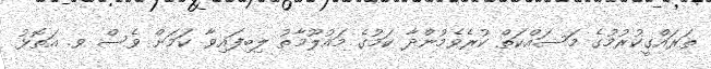
ތަރައްގީކުރުމުގެ މަސައްކަތް ކުރެވެމުންދާ ކަމުގެ މައުލޫމާތު ލިބިފައިވާ ކަމަށް ވެސް ވ. އަތޮޅު